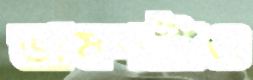
ভাষণটাও